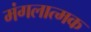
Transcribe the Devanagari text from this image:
मंगलात्मक